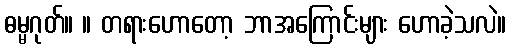
ဓမ္မဂုတ်။ ။ တရားဟောတော့ ဘာအကြောင်းများ ဟောခဲ့သလဲ။